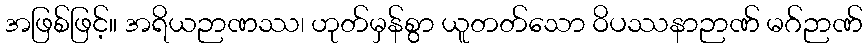
အဖြစ်ဖြင့်။ အရိယဉာဏဿ၊ ဟုတ်မှန်စွာ ယူတတ်သော ဝိပဿနာဉာဏ် မဂ်ဉာဏ်